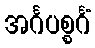
အင်္ဂပစ္စင်္ဂံ